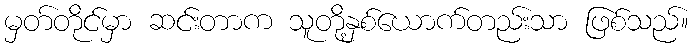
မှတ်တိုင်မှာ ဆင်းတာက သူတို့နှစ်ယောက်တည်းသာ ဖြစ်သည်။